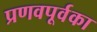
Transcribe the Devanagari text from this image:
प्रणवपूर्वका